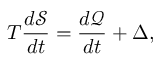
T \frac { d \mathcal { S } } { d t } = \frac { d \mathcal { Q } } { d t } + \Delta ,